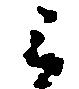
被